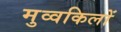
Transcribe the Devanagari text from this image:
मुव्वकिलों